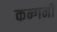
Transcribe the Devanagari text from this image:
कन्गनी